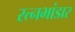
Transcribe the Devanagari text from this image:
रत्नभांडार